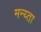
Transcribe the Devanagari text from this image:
मन्य्ता